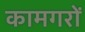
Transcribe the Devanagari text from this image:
कामगरों